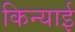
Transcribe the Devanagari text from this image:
किन्याई